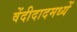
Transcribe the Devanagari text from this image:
वेंदीदादमध्यें